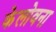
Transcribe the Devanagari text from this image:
केलोवना